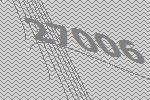
27006